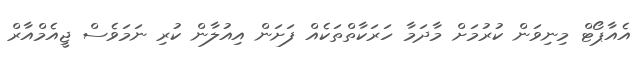
އެއާޕޯޓް މިނިވަން ކުރުމަށް މާދަމާ ހަރަކާތްތަކެއް ފަށަން އިއުލާން ކުރި ނަމަވެސް ޖީއެމްއާރް